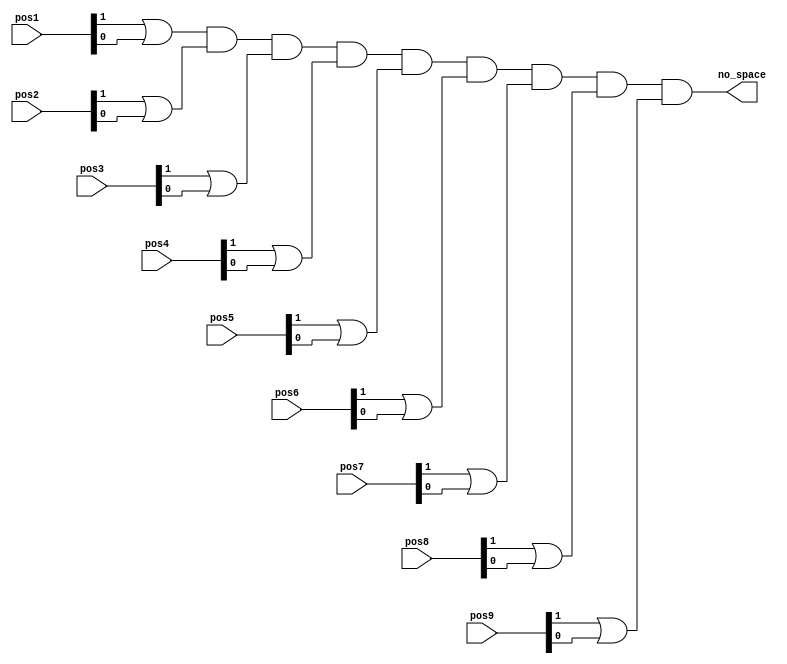
`timescale 1ns / 1ps
//////////////////////////////////////////////////////////////////////////////////
// Company: 
// Engineer: 
// 
// Design Name: 
// Module Name: nospace_detect
// Project Name: 
// Target Devices: 
// Tool Versions: 
// Description: 
// 
// Dependencies: 
// 
// Revision:
// Revision 0.01 - File Created
// Additional Comments:
// 
//////////////////////////////////////////////////////////////////////////////////

//used to detect if there is no more space on the board
module nospace_detect(
    input [1:0] pos1, pos2, pos3, pos4, pos5, pos6, pos7, pos8, pos9,
    output wire no_space
    );
    
    wire temp1, temp2, temp3, temp4, temp5, temp6, temp7, temp8, temp9;
    
    assign temp1 = pos1[1] | pos1[0];
    assign temp2 = pos2[1] | pos2[0];
    assign temp3 = pos3[1] | pos3[0];
    assign temp4 = pos4[1] | pos4[0];
    assign temp5 = pos5[1] | pos5[0];
    assign temp6 = pos6[1] | pos6[0];
    assign temp7 = pos7[1] | pos7[0];
    assign temp8 = pos8[1] | pos8[0];
    assign temp9 = pos9[1] | pos9[0];
    
    assign no_space = ((((((((temp1 & temp2) & temp3) & temp4) & temp5) & temp6) & temp7) & temp8) & temp9);
    
endmodule